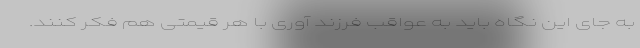
به جای این نگاه باید به عواقب فرزند آوری با هر قیمتی هم فکر کنند.